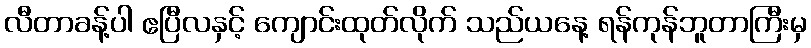
လီတာခန့်ပါ ဧပြီလနှင့် ကျောင်းထုတ်လိုက် သည်ယနေ့ ရန်ကုန်ဘူတာကြီးမှ